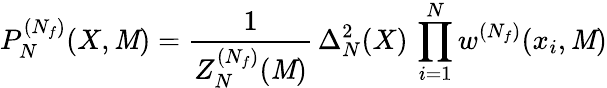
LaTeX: P_{N}^{(N_{f})}(X,\mathit{M})=\frac{{1}}{{Z_{N}^{(N_{f})}(\mathit{M})}}\, \Delta_{N}^{2}(X)\, \prod_{i=1}^{N}w^{(N_{f})}(x_{i},\mathit{M})